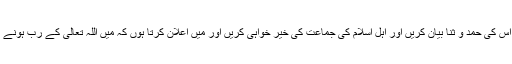
اور میں اپنے اہل اور قرابت داروں کو بھی نصیحت کرتا ہوں کہ وہ اللہ کی عبادت کریں اس کی حمد و ثنا بیان کریں اور اہل اسلام کی جماعت کی خیر خواہی کریں اور میں اعلان کرتا ہوں کہ میں اللہ تعالیٰ کے رب ہونے پر اور اسلام کے دین ہونے پر اور محمد کے رسول ہونے پر دل و جان سے راضی ہوں۔